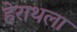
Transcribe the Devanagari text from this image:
हेराथला